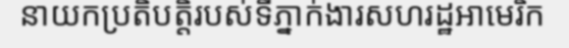
នាយកប្រតិបត្តិរបស់ទីភ្នាក់ងារសហរដ្ឋអាមេរិក